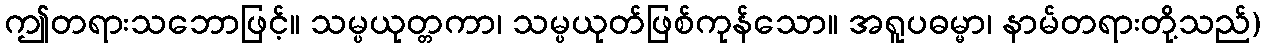
ဤတရားသဘောဖြင့်။ သမ္ပယုတ္တကာ၊ သမ္ပယုတ်ဖြစ်ကုန်သော။ အရူပဓမ္မာ၊ နာမ်တရားတို့သည်)